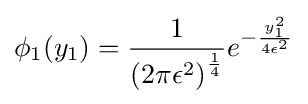
\phi _{1}(y_{1})={\frac {1}{\left(2\pi \epsilon ^{2}\right)^{\frac {1}{4}}}}e^{-{\frac {y_{1}^{2}}{4\epsilon ^{2}}}}